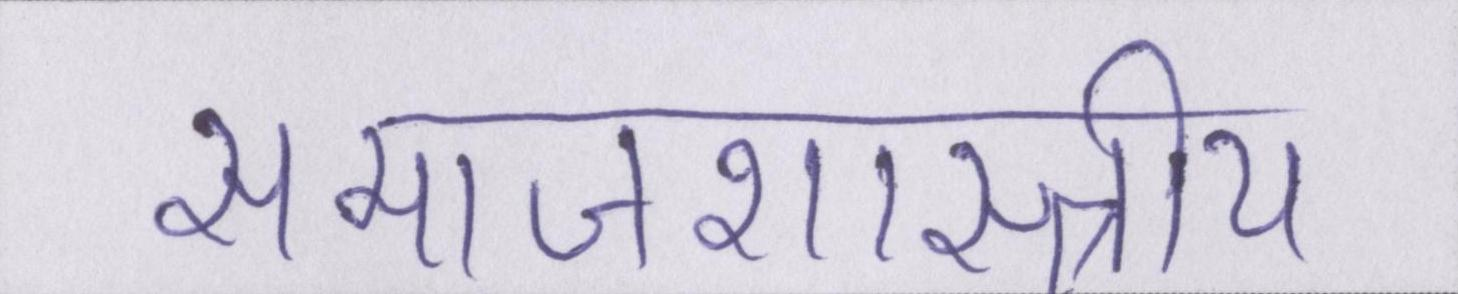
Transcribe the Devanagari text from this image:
समाजशास्त्राीय